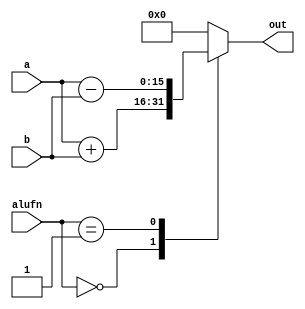
/*
   This file was generated automatically by the Mojo IDE version B1.3.6.
   Do not edit this file directly. Instead edit the original Lucid source.
   This is a temporary file and any changes made to it will be destroyed.
*/

module adder_9 (
    input [15:0] a,
    input [15:0] b,
    input [5:0] alufn,
    output reg [15:0] out
  );
  
  
  
  always @* begin
    out = 1'h0;
    
    case (alufn)
      6'h00: begin
        out = a + b;
      end
      6'h01: begin
        out = a - b;
      end
    endcase
  end
endmodule